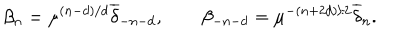
\beta _ { n } = \mu ^ { ( n - d ) / d } { \overline { { \delta } } } _ { - n - d } , \qquad \beta _ { - n - d } = \mu ^ { - ( n + 2 d ) / 2 } { \overline { { \delta } } } _ { n } .